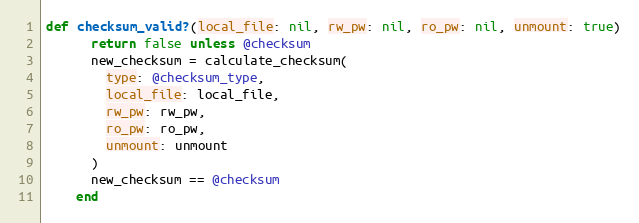
Language: Ruby
def checksum_valid?(local_file: nil, rw_pw: nil, ro_pw: nil, unmount: true)
      return false unless @checksum
      new_checksum = calculate_checksum(
        type: @checksum_type,
        local_file: local_file,
        rw_pw: rw_pw,
        ro_pw: ro_pw,
        unmount: unmount
      )
      new_checksum == @checksum
    end